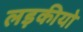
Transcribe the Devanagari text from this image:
लड़कीयो